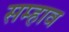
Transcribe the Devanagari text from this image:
सम्हाव